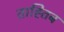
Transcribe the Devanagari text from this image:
ताह्तिब